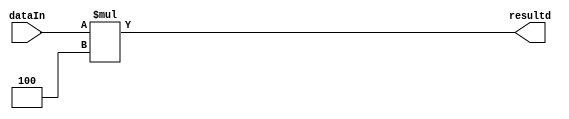

module relaAdrsShifter(resultd, dataIn);
	input [31:0] dataIn;
	output [31:0] resultd;
	assign resultd = dataIn * 4;

endmodule